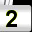
Digit: 2